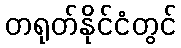
တရုတ်နိုင်ငံတွင်